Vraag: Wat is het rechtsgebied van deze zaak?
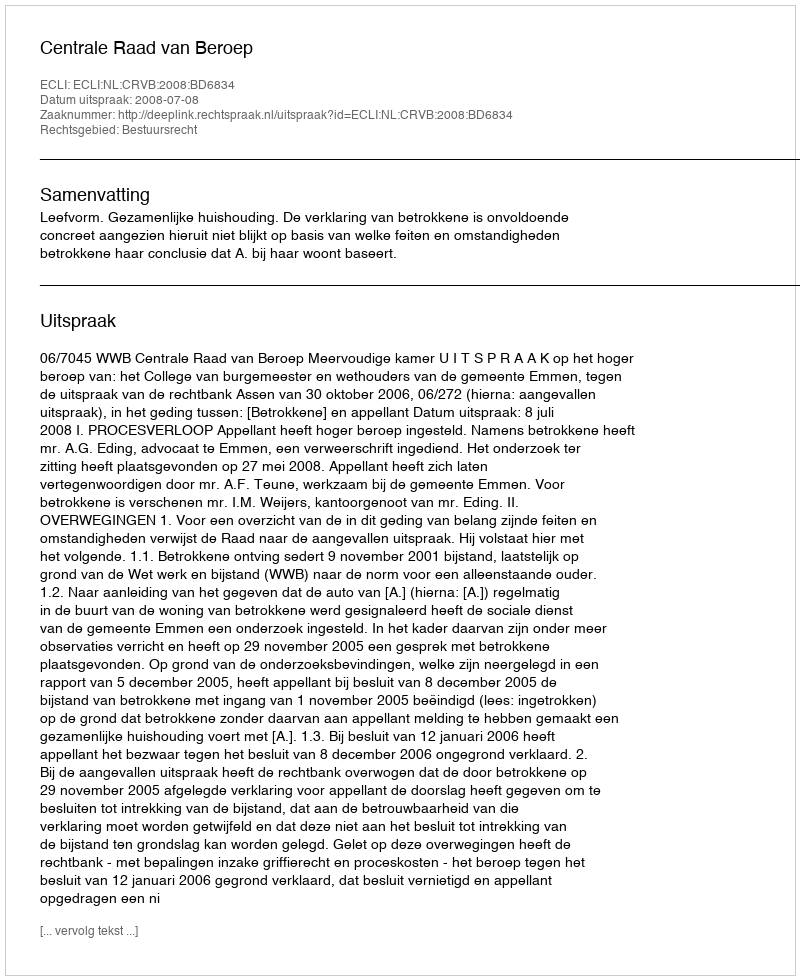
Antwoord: Bestuursrecht